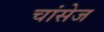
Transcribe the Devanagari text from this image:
चांसेज